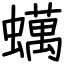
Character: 蠇